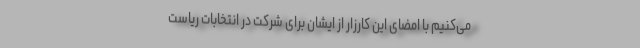
می‌کنیم با امضای این کارزار از ایشان برای شرکت در انتخابات ریاست‌